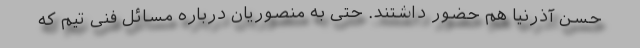
حسن آذرنیا هم حضور داشتند. حتی به منصوریان درباره مسائل فنی تیم که